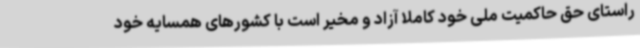
راستای حق حاکمیت ملی خود کاملا آزاد و مخیر است با کشورهای همسایه خود